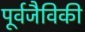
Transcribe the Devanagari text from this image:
पूर्वजैविकी